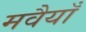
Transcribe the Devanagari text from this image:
मवैयाँ